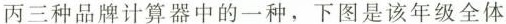
丙三种品牌计算器中的一种，下图是该年级全体